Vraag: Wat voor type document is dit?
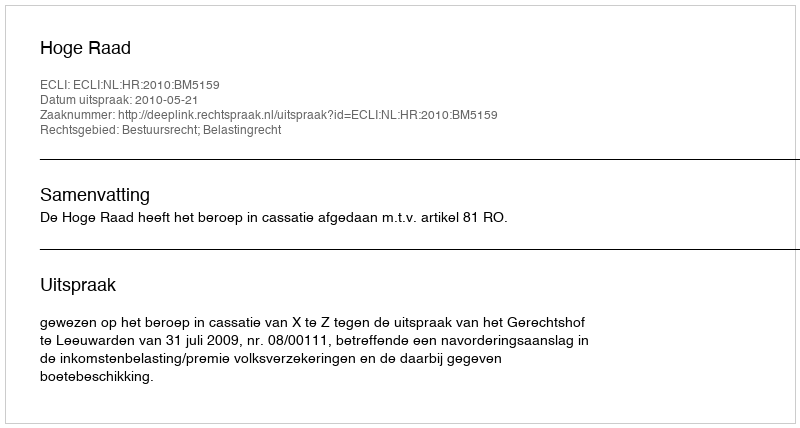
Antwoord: Uitspraak